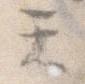
て